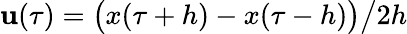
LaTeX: \mathbf{u}(\tau)=\bigl(x(\tau+h)-x(\tau-h)\bigr)\big/2h